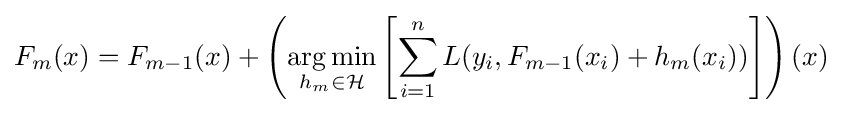
F_{m}(x)=F_{m-1}(x)+\left({\underset {h_{m}\in {\mathcal {H}}}{\operatorname {arg\,min} }}\left[{\sum _{i=1}^{n}{L(y_{i},F_{m-1}(x_{i})+h_{m}(x_{i}))}}\right]\right)(x)